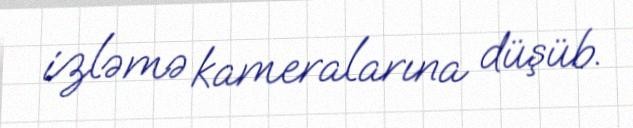
izləmə kameralarına düşüb.